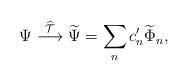
LaTeX: \begin{align*}\Psi \stackrel{\widehat{\cal T}}{\longrightarrow} \widetilde \Psi =\sum_n c'_n \widetilde \Phi_n,\end{align*}